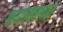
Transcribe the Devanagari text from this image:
काठावरच्या